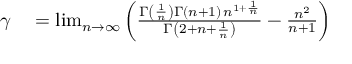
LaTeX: \begin{array} { r l } { \gamma } & { { } = \operatorname* { l i m } _ { n \to \infty } \left( { \frac { \Gamma \left( { \frac { 1 } { n } } \right) \Gamma ( n + 1 ) \, n ^ { 1 + { \frac { 1 } { n } } } } { \Gamma \left( 2 + n + { \frac { 1 } { n } } \right) } } - { \frac { n ^ { 2 } } { n + 1 } } \right) } \end{array}